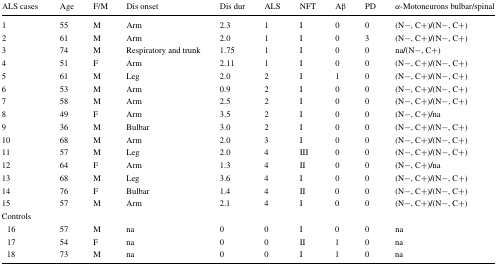
<table><thead><tr><td><b>ALS cases</b></td><td><b>Age</b></td><td><b>F/M</b></td><td><b>Dis onset</b></td><td><b>Dis dur</b></td><td><b>ALS</b></td><td><b>NFT</b></td><td><b>Aβ</b></td><td><b>PD</b></td><td><b><i>α</i>-Motoneurons bulbar/spinal</b></td></tr></thead><tbody><tr><td>1</td><td>55</td><td>M</td><td>Arm</td><td>2.3</td><td>1</td><td>I</td><td>0</td><td>0</td><td>(N−, C+)<b>/</b>(N−, C+)</td></tr><tr><td>2</td><td>61</td><td>M</td><td>Arm</td><td>2.0</td><td>1</td><td>I</td><td>0</td><td>3</td><td>(N−, C+)<b>/</b>(N−, C+)</td></tr><tr><td>3</td><td>74</td><td>M</td><td>Respiratory and trunk</td><td>1.75</td><td>1</td><td>I</td><td>0</td><td>0</td><td>na<b>/</b>(N−, C+)</td></tr><tr><td>4</td><td>51</td><td>F</td><td>Arm</td><td>2.11</td><td>1</td><td>I</td><td>0</td><td>0</td><td>(N−, C+)<b>/</b>(N−, C+)</td></tr><tr><td>5</td><td>61</td><td>M</td><td>Leg</td><td>2.0</td><td>2</td><td>I</td><td>1</td><td>0</td><td>(N−, C+)<b>/</b>(N−, C+)</td></tr><tr><td>6</td><td>53</td><td>M</td><td>Arm</td><td>0.9</td><td>2</td><td>I</td><td>0</td><td>0</td><td>(N−, C+)<b>/</b>(N−, C+)</td></tr><tr><td>7</td><td>58</td><td>M</td><td>Arm</td><td>2.5</td><td>2</td><td>I</td><td>0</td><td>0</td><td>(N−, C+)<b>/</b>(N−, C+)</td></tr><tr><td>8</td><td>49</td><td>F</td><td>Arm</td><td>3.5</td><td>2</td><td>I</td><td>0</td><td>0</td><td>(N−, C+)<b>/</b>na</td></tr><tr><td>9</td><td>36</td><td>M</td><td>Bulbar</td><td>3.0</td><td>2</td><td>I</td><td>0</td><td>0</td><td>(N−, C+)<b>/</b>(N−, C+)</td></tr><tr><td>10</td><td>68</td><td>M</td><td>Arm</td><td>2.0</td><td>3</td><td>I</td><td>0</td><td>0</td><td>(N−, C+)<b>/</b>(N−, C+)</td></tr><tr><td>11</td><td>57</td><td>M</td><td>Leg</td><td>2.0</td><td>4</td><td>III</td><td>0</td><td>0</td><td>(N−, C+)<b>/</b>(N−, C+)</td></tr><tr><td>12</td><td>64</td><td>F</td><td>Arm</td><td>1.3</td><td>4</td><td>II</td><td>0</td><td>0</td><td>(N−, C+)<b>/</b>na</td></tr><tr><td>13</td><td>68</td><td>M</td><td>Leg</td><td>3.6</td><td>4</td><td>I</td><td>0</td><td>0</td><td>(N−, C+)<b>/</b>(N−, C+)</td></tr><tr><td>14</td><td>76</td><td>F</td><td>Bulbar</td><td>1.4</td><td>4</td><td>II</td><td>0</td><td>0</td><td>(N−, C+)<b>/</b>(N−, C+)</td></tr><tr><td>15</td><td>57</td><td>M</td><td>Arm</td><td>2.1</td><td>4</td><td>I</td><td>0</td><td>0</td><td>(N−, C+)<b>/</b>(N−, C+)</td></tr><tr><td colspan="10">Controls</td></tr><tr><td> 16</td><td>57</td><td>M</td><td>na</td><td>0</td><td>0</td><td>I</td><td>0</td><td>0</td><td>na</td></tr><tr><td> 17</td><td>54</td><td>F</td><td>na</td><td>0</td><td>0</td><td>II</td><td>1</td><td>0</td><td>na</td></tr><tr><td> 18</td><td>73</td><td>M</td><td>na</td><td>0</td><td>0</td><td>I</td><td>1</td><td>0</td><td>na</td></tr></tbody></table>